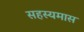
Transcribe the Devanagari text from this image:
सहस्यमास